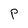
Character: P